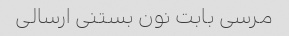
مرسی بابت نون بستنی ارسالی